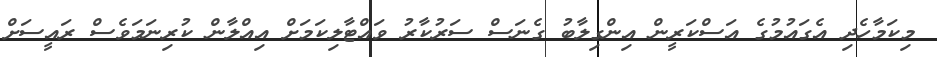
މިކަމާހެދި އެގައުމުގެ އަސްކަރީން އިންގިލާބު ގެނަސް ސަރުކާރު ވައްޓާލިކަމަށް އިއްލާން ކުރިނަމަވެސް ރައީސަށް